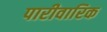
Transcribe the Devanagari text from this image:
पारीवारिक